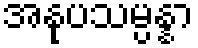
အနုပသမ္ပန္နာ